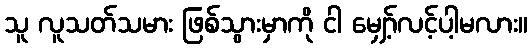
သူ လူသတ်သမား ဖြစ်သွားမှာကို ငါ မျှော့်လင့်ပါ့မလား။